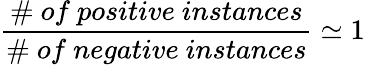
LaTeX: \frac{\# ~of~positive~instances}{\# ~of~negative~instances}\simeq{}1